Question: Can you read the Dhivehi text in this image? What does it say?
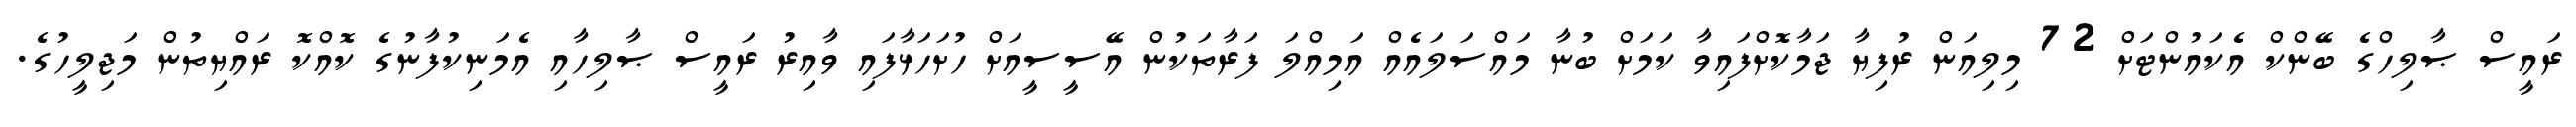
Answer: ރައީސް ޞާލިހްގެ ބޭންކް އެކައުންޓަށް 72 މިލިއަން ރުފިޔާ ޖަމާކޮށްފައިވާ ކަމަށް ބުނާ މައްސަލައެއް އަމިއްލަ ފަރާތަކުން އޭސީސީއަށް ހުށަހަޅާފައި ވާއިރު ރައީސް ޞާލިހާއި އެމަނިކުފާނުގެ ކޮއްކޮ ރައްޔިތުން މަޖިލީހުގެ.